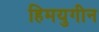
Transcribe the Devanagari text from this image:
हिमयुगीन